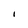
Character: I